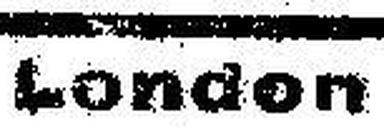
London